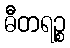
ဓီတရဉ္စ